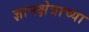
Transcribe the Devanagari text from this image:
ज्ञानक्षेत्राच्या